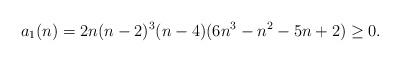
LaTeX: \begin{align*}a_1(n) & =2 n(n - 2)^3 (n-4)(6 n^3 -n^2 -5 n + 2) \geq 0.\end{align*}